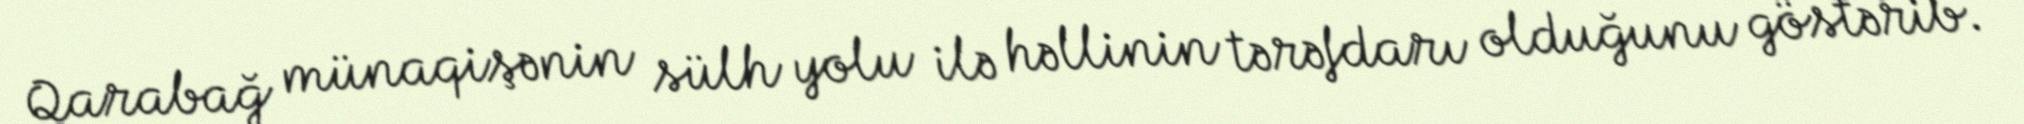
Qarabağ münaqişənin sülh yolu ilə həllinin tərəfdarı olduğunu göstərib.